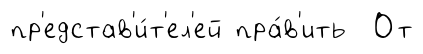
пр'едстав'и́т'ел'ей пра́в'ить От